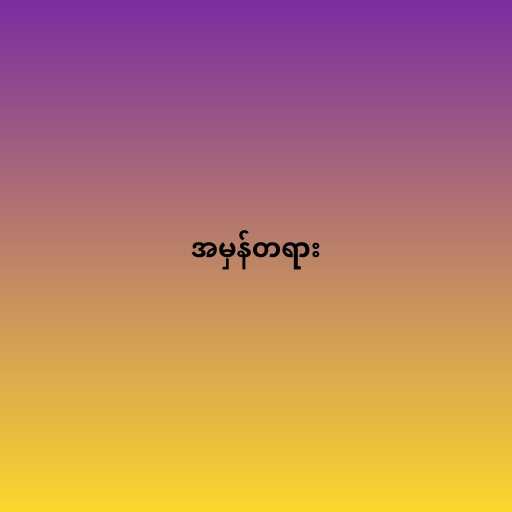
အမှန်တရား